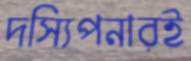
দস্যিপনারই